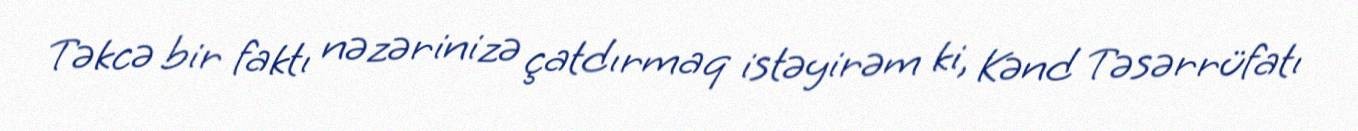
Təkcə bir faktı nəzərinizə çatdırmaq istəyirəm ki, Kənd Təsərrüfatı